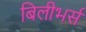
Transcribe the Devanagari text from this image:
बिलीभर्स